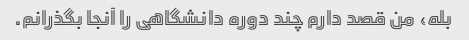
بله، من قصد دارم چند دوره دانشگاهی را آنجا بگذرانم.